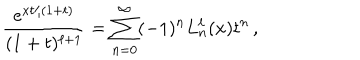
\frac { e ^ { x t / ( 1 + t ) } } { ( 1 + t ) ^ { \ell + 1 } } = \sum _ { n = 0 } ^ { \infty } ( - 1 ) ^ { n } L _ { n } ^ { \ell } ( x ) t ^ { n } \, ,